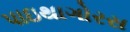
પાઇથાગોરસ